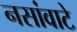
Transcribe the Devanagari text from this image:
नसांवाटे